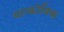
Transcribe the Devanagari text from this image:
यान्कोविक